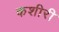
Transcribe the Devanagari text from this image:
कशीरी